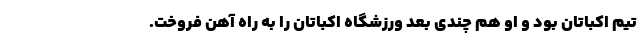
تیم اکباتان بود و او هم چندی بعد ورزشگاه اکباتان را به راه آهن فروخت.